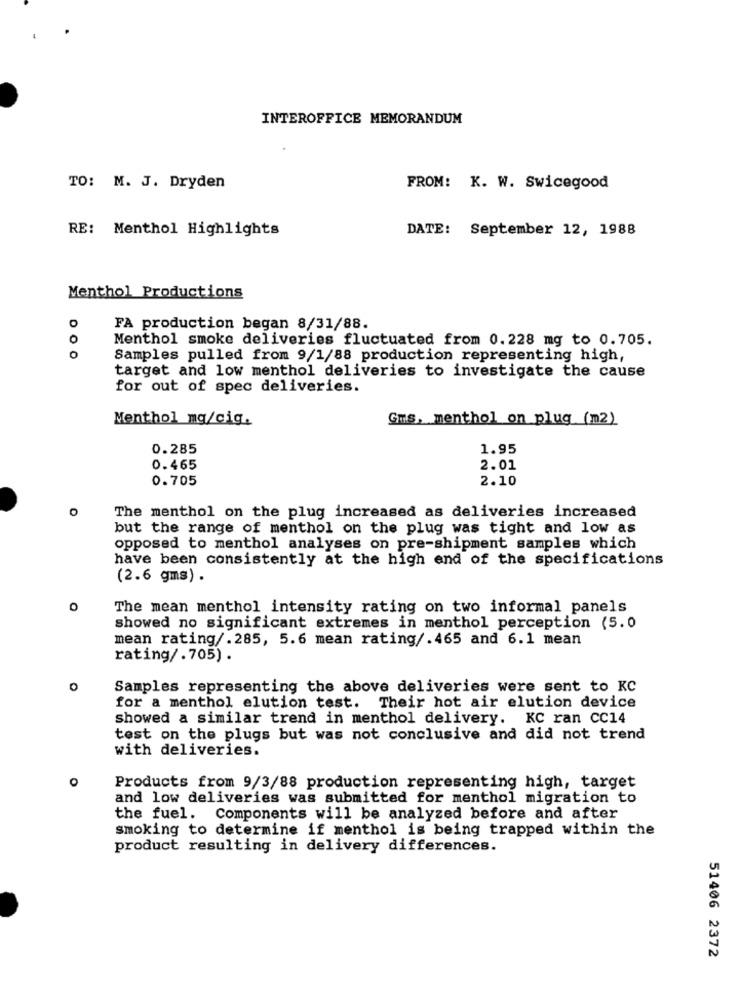
INTEROFFICE MEMORANDUM
TO: M. J. Dryden
FROM: K. W. Swicegood
RE: Menthol Highlights
DATE: September 12, 1988
Menthol Productions
o
FA production began 8/31/88.
0
Menthol smoke deliveries fluctuated from 0.228 mg to 0.705.
0
Samples pulled from 9/1/88 production representing high,
target and low menthol deliveries to investigate the cause
for out of spec deliveries.
Menthol mg/cig.
Gms. menthol on plug (m2)
0.285
1.95
0.465
2.01
0.705
2.10
The menthol on the plug increased as deliveries increased
but the range of menthol on the plug was tight and low as
opposed to menthol analyses on pre-shipment samples which
have been consistently at the high end of the specifications
(2.6 gms) .
0
The mean menthol intensity rating on two informal panels
showed no significant extremes in menthol perception (5.0
mean rating/.285, 5.6 mean rating/.465 and 6.1 mean
rating/. 705) .
Samples representing the above deliveries were sent to KC
for a menthol elution test. Their hot air elution device
showed a similar trend in menthol delivery. KC ran CC14
test on the plugs but was not conclusive and did not trend
with deliveries.
O
Products from 9/3/88 production representing high, target
and low deliveries was submitted for menthol migration to
the fuel. Components will be analyzed before and after
smoking to determine if menthol is being trapped within the
product resulting in delivery differences.
51406 2372